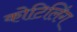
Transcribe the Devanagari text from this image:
कोटिलिंग